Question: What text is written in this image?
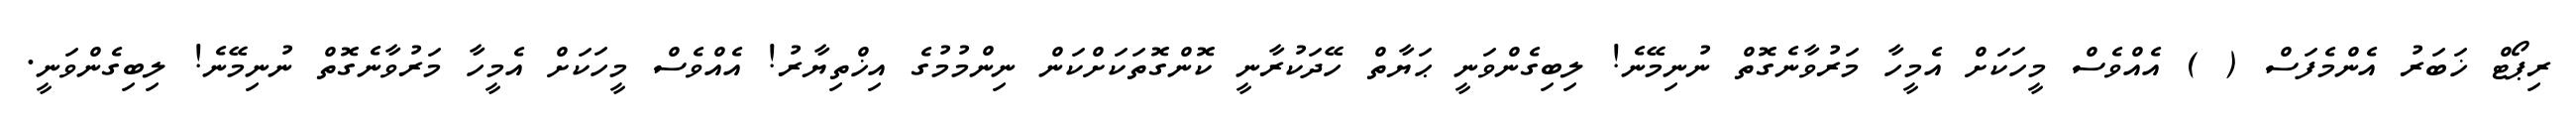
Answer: ރިޕޯޓް ޚަބަރު އެންމެފަސް ( ) އެއްވެސް މީހަކަށް އެމީހާ މަރުވާނެގޮތް ނުނިމޭނެ! ލިބިގެންވަނީ ޙަޔާތް ހޭދަކުރާނީ ކޮންގޮތަކަށްކަން ނިންމުމުގެ އިޚްތިޔާރު! އެއްވެސް މީހަކަށް އެމީހާ މަރުވާނެގޮތް ނުނިމޭނެ! ލިބިގެންވަނީ.